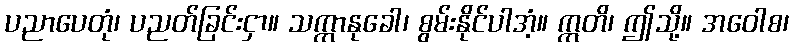
ပညာပေတုံ၊ ပညတ်ခြင်းငှာ။ သက္ကာနုခေါ၊ စွမ်းနိုင်ပါအံ့။ ဣတိ၊ ဤသို့။ အဝေါစ၊